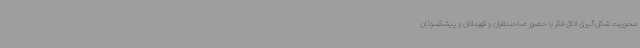
محوریت شکل‌گیری اتاق فکر با حضور صاحبنظران و قهرمانان و پیشکسوتان